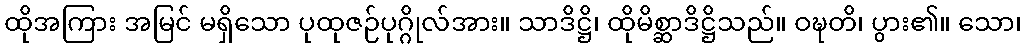
ထိုအကြား အမြင် မရှိသော ပုထုဇဉ်ပုဂ္ဂိုလ်အား။ သာဒိဋ္ဌိ၊ ထိုမိစ္ဆာဒိဋ္ဌိသည်။ ဝဍ္ဎတိ၊ ပွား၏။ သော၊